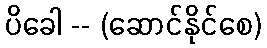
ပိခေါ -- (ဆောင်နိုင်စေ)